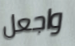
واجعل